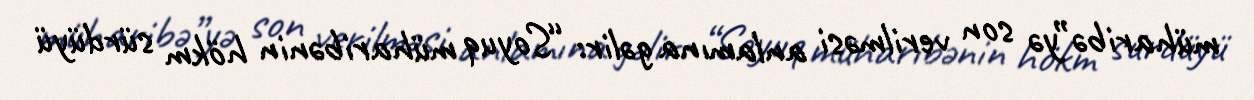
müharibə”yə son verilməsi anlamına gəlir: “Soyuq müharibənin hökm sürdüyü